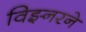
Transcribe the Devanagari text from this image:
विझ्नरने